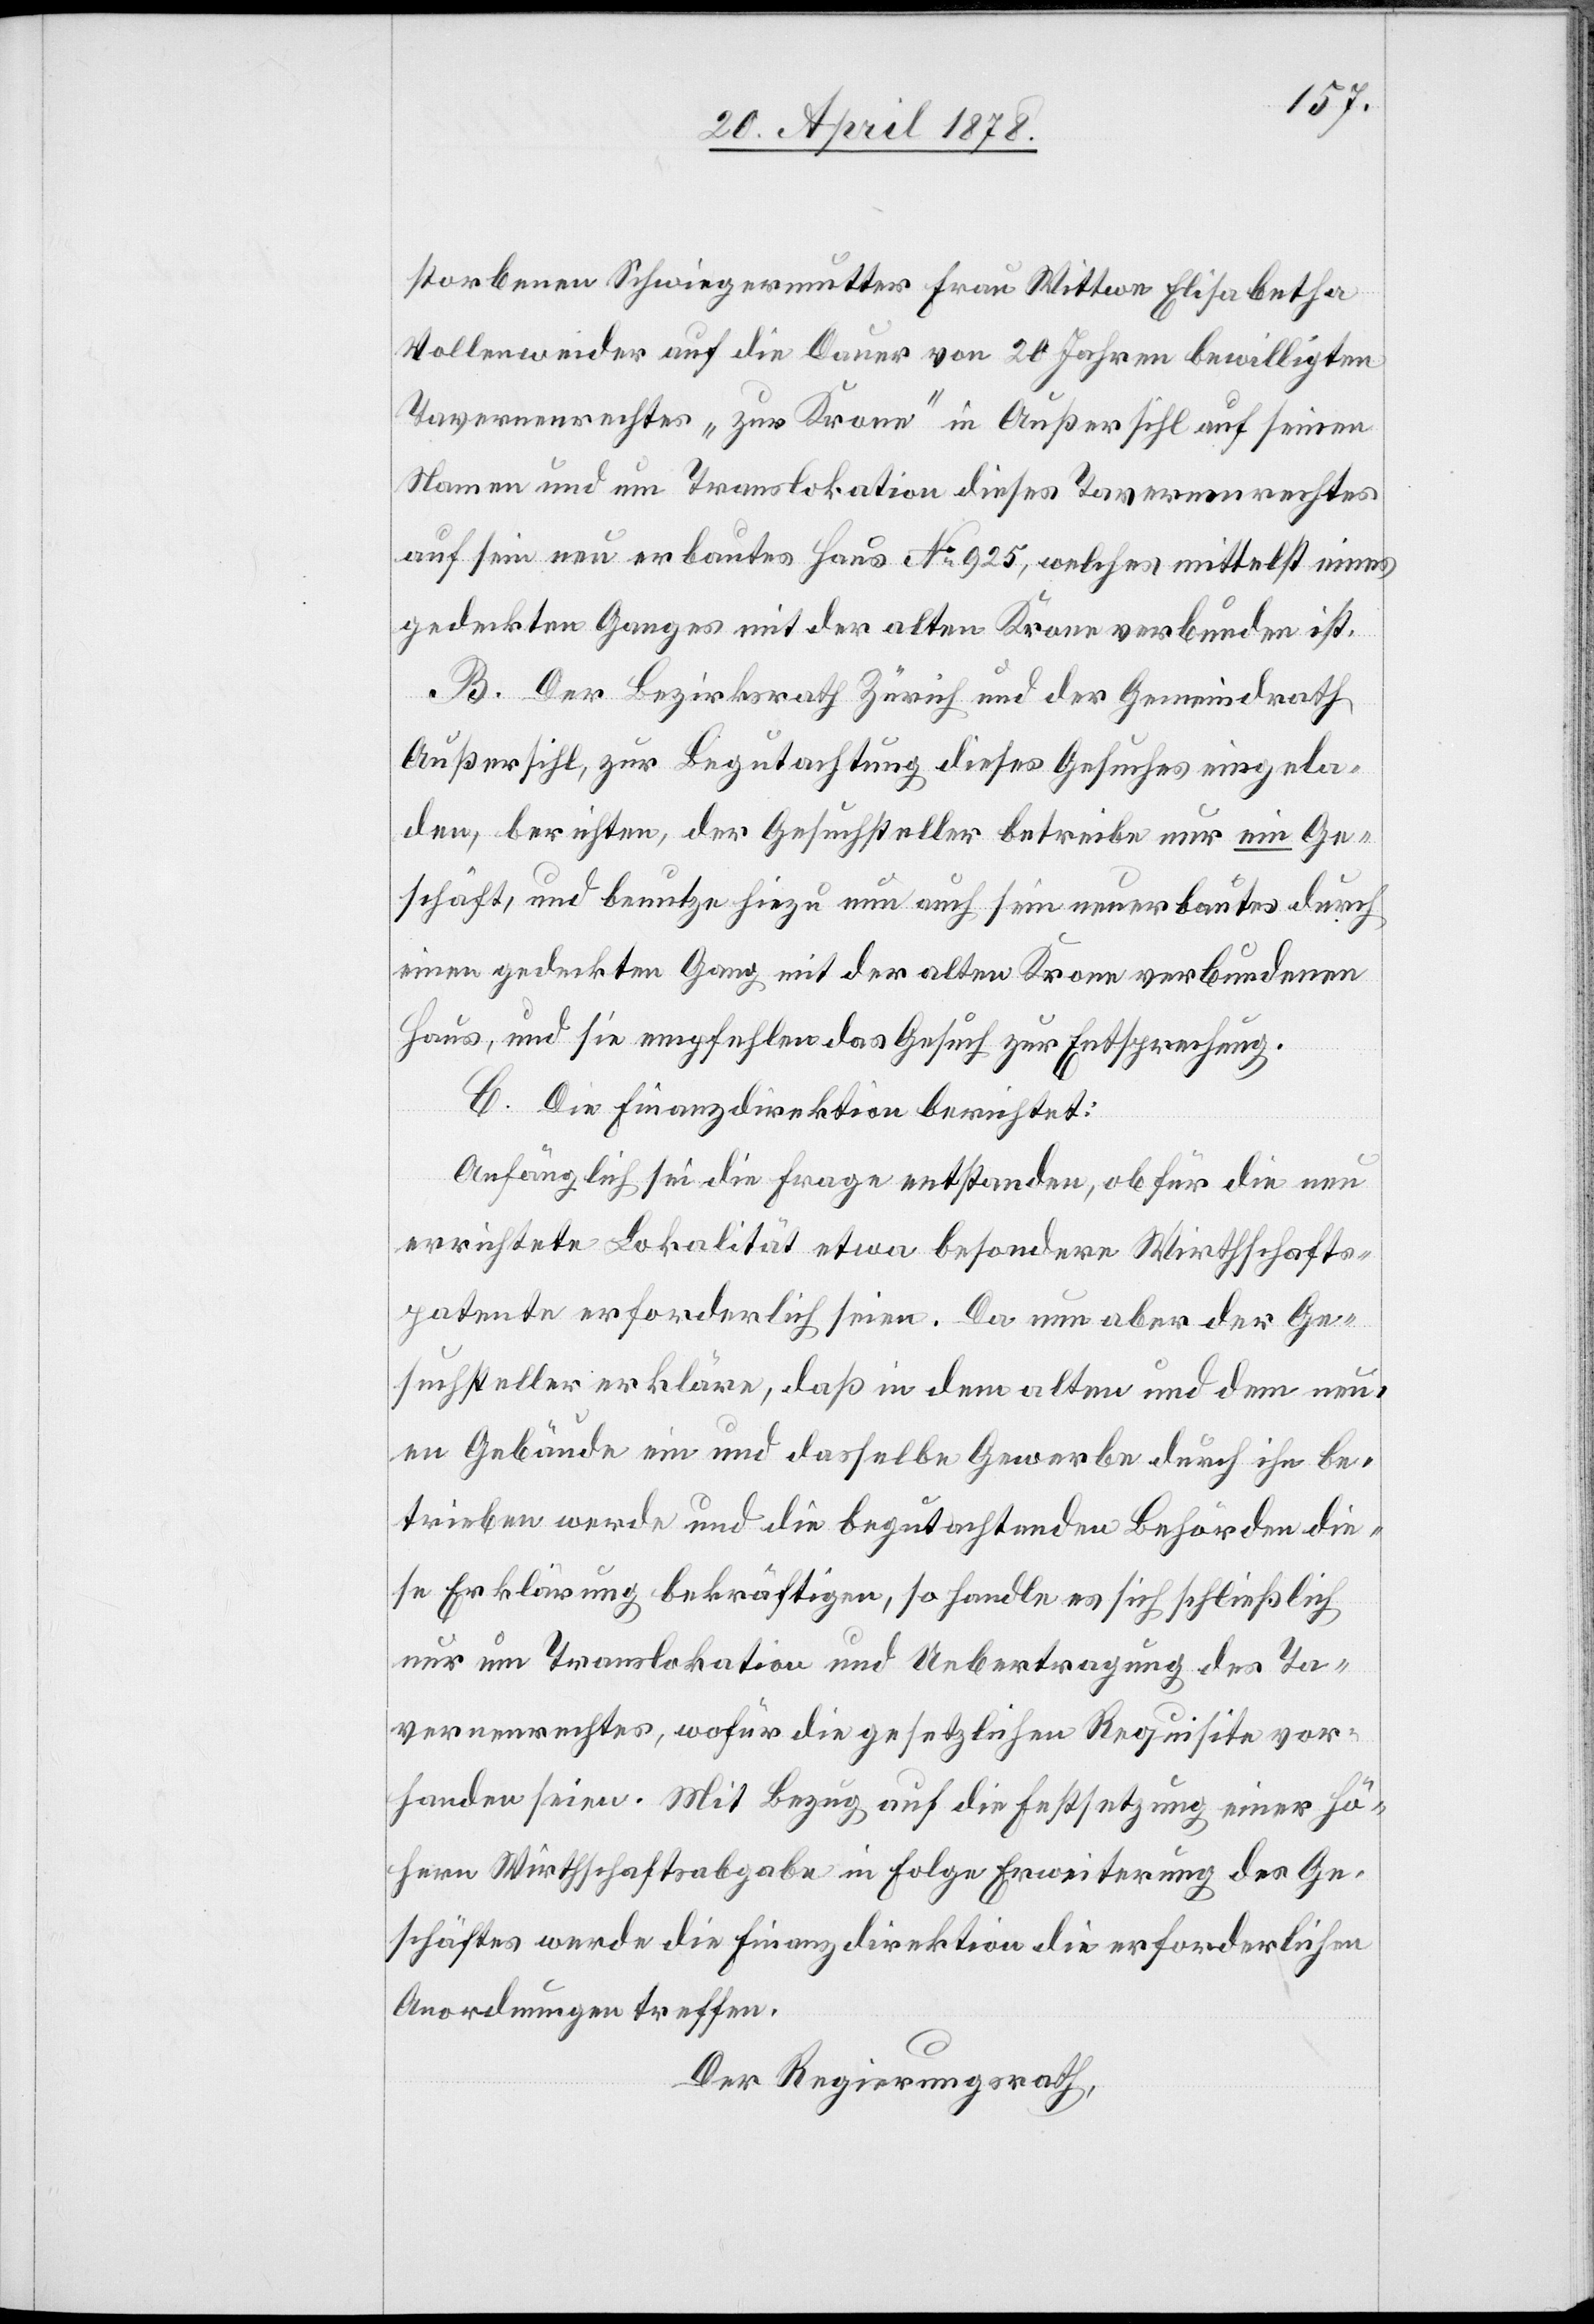
storbenen Schwiegermutter Frau Wittwe Elisabetha
Vollenweider auf die Dauer von 20 Jahren bewilligten
Tavernenrechtes „zur Krone“ in Außersihl auf seinen
Namen und um Translokation dieses Tavernenrechtes
auf sein neu erbautes Haus No 925, welches mittelst eines
gedeckten Ganges mit der alten Krone verbunden ist.
B. Der Bezirksrath Zürich und der Gemeindrath
Außersihl, zur Begutachtung dieses Gesuches eingela¬
den, berichten, der Gesuchsteller betreibe nur ein Ge¬
schäft, und benutze hiezu nun auch sein unerbautes durch
einen gedeckten Gang mit der alten Krone verbundenen
Haus, und sie empfehlen das Gesuch zur Entsprechung.
C. Die Finanzdirektion berichtet:
Anfänglich sei die Frage entstanden, ob für die neue
errichtete Lokalität etwa besondere Wirthschafts¬
patente erforderlich seien. Da nun aber der Ge¬
suchsteller erkläre, daß in dem alten und dem neu¬
en Gebäude ein und dasselbe Gewerbe durch ihn be¬
trieben werde und die begutachtenden Behörden die¬
se Erklärung bekräftigen, so handle es sich schließlich
nur um Translokation und Uebertragung des Ta¬
vernenrechtes, wofür die gesetzlichen Requisite vor¬
handen seien. Mit Bezug auf die Festsetzung einer hö¬
hern Wirtschaftsabgabe in Folge Erweiterung des Ge¬
schäftes werde die Finanzdirektion die erforderlichen
Anordnungen treffen.
Der Regierungsrath,